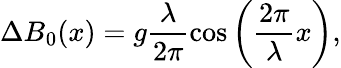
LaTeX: \Delta B_{0}(x)=g\frac{\lambda}{2\pi}\cos\left(\frac{2\pi}{\lambda}x\right),